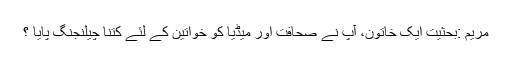
مریم :بحثیت ایک خاتون، آپ نے صحافت اور میڈیا کو خواتین کے لئے کتنا چیلنجنگ پایا ؟